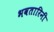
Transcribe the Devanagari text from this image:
भवतारिनी